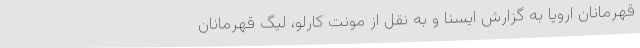
قهرمانان اروپا به گزارش ایسنا و به نقل از مونت کارلو، لیگ قهرمانان